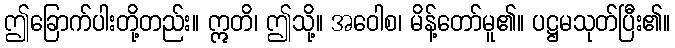
ဤခြောက်ပါးတို့တည်း။ ဣတိ၊ ဤသို့။ အဝေါစ၊ မိန့်တော်မူ၏။ ပဋ္ဌမသုတ်ပြီး၏။